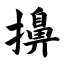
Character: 擤